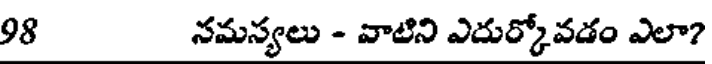
98 సమస్యలు - వాటిని ఎదుర్కోవడం ఎలా?